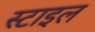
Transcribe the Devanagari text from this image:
स्‍टाइल